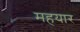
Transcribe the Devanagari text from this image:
महयार